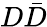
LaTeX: D\bar{D}